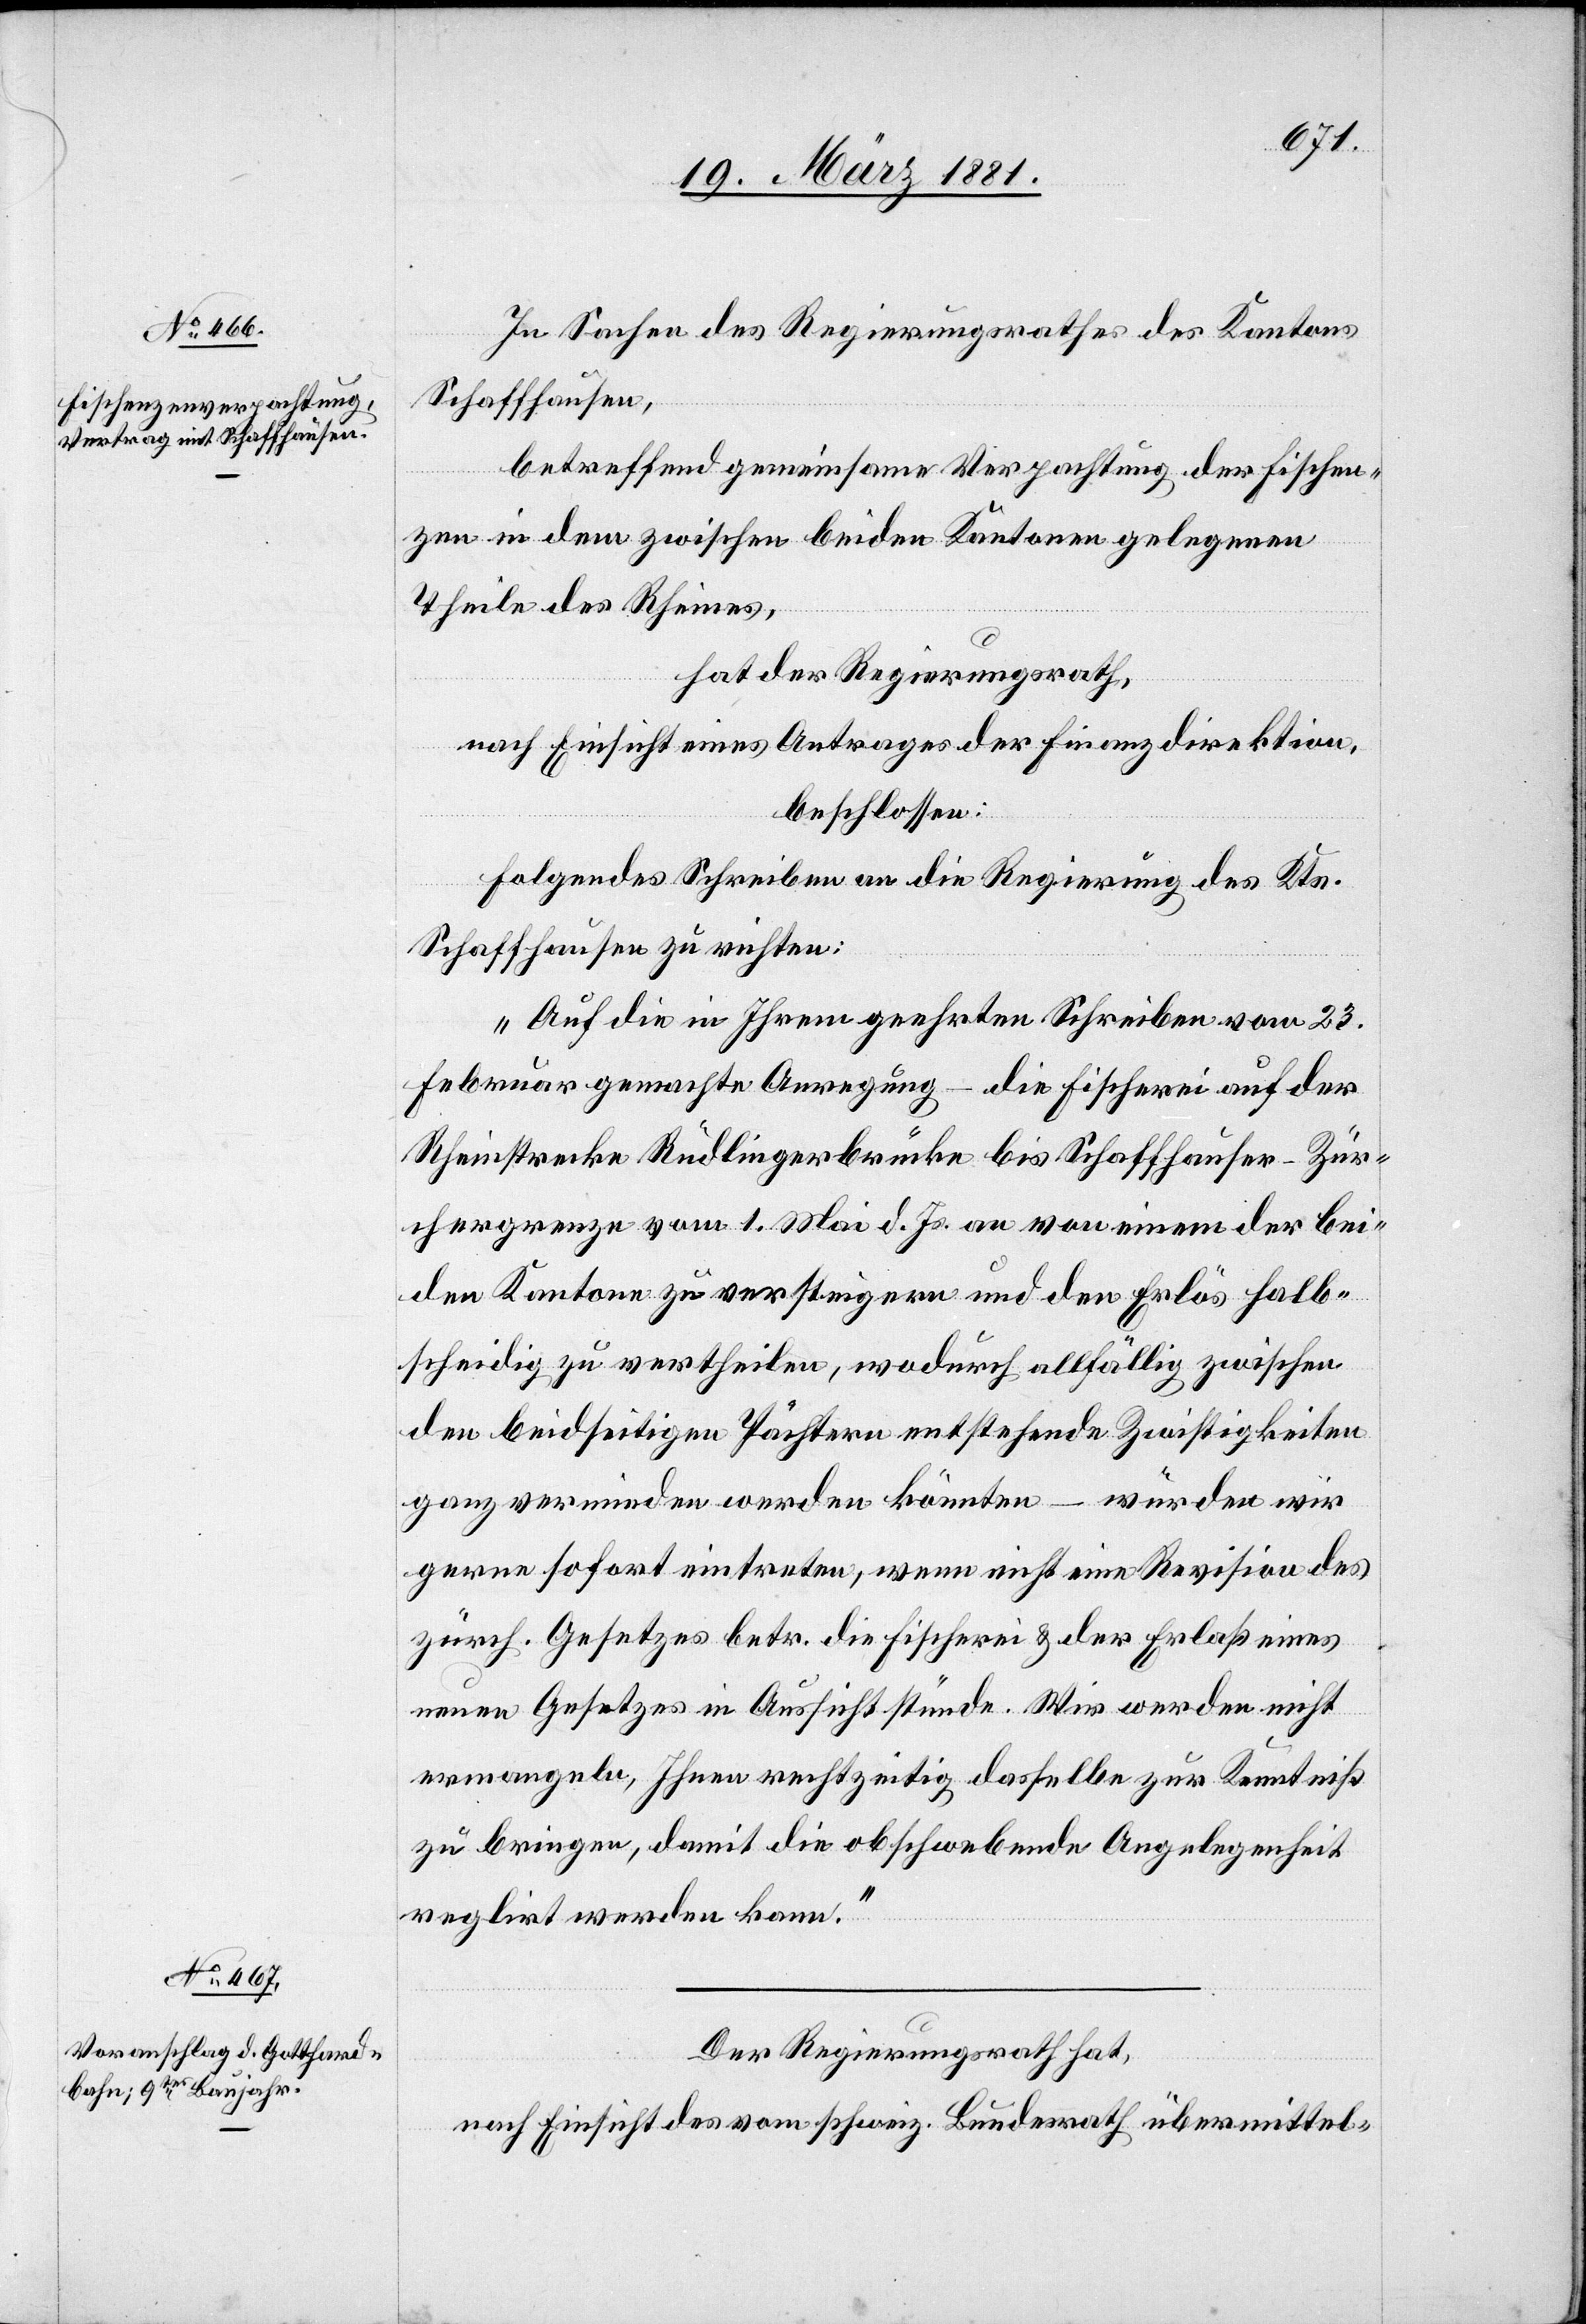
In Sachen des Regierungsrathes des Kantons
Schaffhausen,
betreffend gemeinsame Verpachtung der Fischen¬
zen in dem zwischen beiden Kantonen gelegenen
Theile des Rheines,
hat der Regierungsrath,
nach Einsicht eines Antrages der Finanzdirektion,
beschlossen:
Folgendes Schreiben an die Regierung des Kts.
Schaffhausen zu richten:
„Auf die in Ihrem geehrten Schreiben vom 23.
Februar gemachte Anregung – die Fischerei auf der
Rheinstrecke Rüdlingerbrücke bis Schaffhauser–Zür¬
chergrenze vom 1. Mai d. Js an von einem der bei¬
den Kantone zu versteigern und den Erlös halb¬
scheidig zu vertheilen, wodurch allfällig zwischen
den beidseitigen Pächtern entstehende Zwistigkeiten
ganz vermieden werden könnten – würden wir
gerne sofort eintreten, wenn nicht eine Revision des
zürch. Gesetzes betr. die Fischerei & der Erlaß eines
neuen Gesetzes in Aussicht stünde. Wir werden nicht
ermangeln, Ihnen rechtzeitig dasselbe zur Kenntniß
zu bringen, damit die obschwebende Angelegenheit
reg[u]lirt werden kann.“
Der Regierungsrath hat,
nach Einsicht des vom schweiz. Bundesrath übermittel-